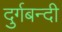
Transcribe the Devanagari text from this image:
दुर्गबन्दी